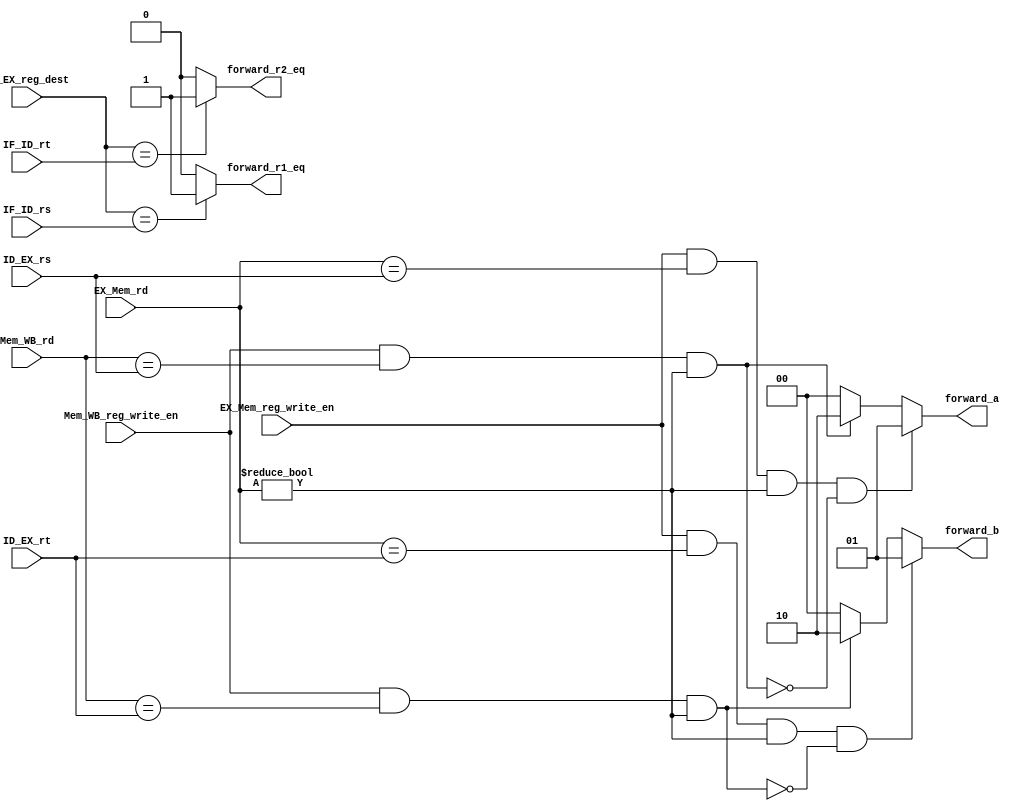
// This program was cloned from: https://github.com/sep-81/Computer-Architecture-Course-Projects
// License: MIT License

module ForwardingUnit (
    EX_Mem_rd,
    EX_Mem_reg_write_en,
    Mem_WB_reg_write_en,
    ID_EX_rs,
    ID_EX_rt,
    ID_EX_reg_dest,
    IF_ID_rs,
    IF_ID_rt,
    Mem_WB_rd,
    forward_a,
    forward_b,
    forward_r1_eq,
    forward_r2_eq
);

  input EX_Mem_reg_write_en, Mem_WB_reg_write_en;
  input [4:0] EX_Mem_rd, ID_EX_rs, ID_EX_rt, ID_EX_reg_dest, IF_ID_rs, IF_ID_rt, Mem_WB_rd;

  output reg [1:0] forward_a, forward_b;
  output reg forward_r1_eq, forward_r2_eq;

  wire second_forward_a, third_forward_a;
  wire second_forward_b, third_forward_b;

  assign second_forward_a = (Mem_WB_reg_write_en == 1) & (Mem_WB_rd == ID_EX_rs) & (EX_Mem_rd != 0);
  assign third_forward_a = (EX_Mem_reg_write_en == 1) & (EX_Mem_rd == ID_EX_rs) & (EX_Mem_rd != 0) & ~second_forward_a;

  assign second_forward_b = (Mem_WB_reg_write_en == 1) & (Mem_WB_rd == ID_EX_rt) & (EX_Mem_rd != 0);
  assign third_forward_b = (EX_Mem_reg_write_en == 1) & (EX_Mem_rd == ID_EX_rt) & (EX_Mem_rd != 0) & ~second_forward_b;

  always @(EX_Mem_reg_write_en,
            Mem_WB_reg_write_en,
            EX_Mem_rd, ID_EX_rs,
            ID_EX_rt,
            ID_EX_reg_dest,
            IF_ID_rs,
            IF_ID_rt,
            Mem_WB_rd) begin

    forward_a = 2'd0;
    forward_b = 2'd0;
    forward_r1_eq = 1'b0;
    forward_r2_eq = 1'b0;

    if (third_forward_a) forward_a = 2'd1;
    else if (second_forward_a) forward_a = 2'd2;

    if (third_forward_b) forward_b = 2'd1;
    else if (second_forward_b) forward_b = 2'd2;

    if (ID_EX_reg_dest == IF_ID_rs) forward_r1_eq = 1'b1;
    if (ID_EX_reg_dest == IF_ID_rt) forward_r2_eq = 1'b1;

  end

endmodule